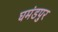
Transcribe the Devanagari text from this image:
घमंडपुर